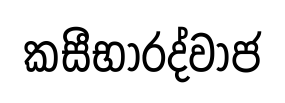
කසීභාරද්වාජ